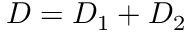
D = D _ { 1 } + D _ { 2 }